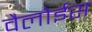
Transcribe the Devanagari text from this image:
वैलोईस